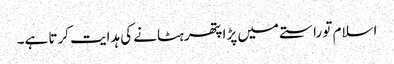
اسلام تو راستے میں پڑا پتھر ہٹانے کی ہدایت کرتا ہے۔